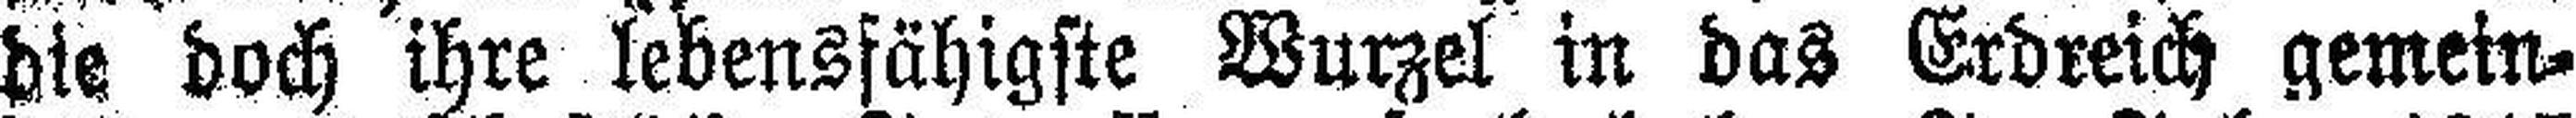
die doch ihre lebensfähigste Wurzel in das Erdreich gemein¬